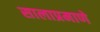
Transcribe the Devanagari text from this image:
सालाप्रमाणे